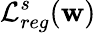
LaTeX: \mathcal{L}_{reg}^{s}(\mathbf{w})